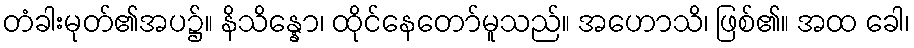
တံခါးမုတ်၏အပ၌။ နိသိန္နော၊ ထိုင်နေတော်မူသည်။ အဟောသိ၊ ဖြစ်၏။ အထ ခေါ၊